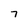
Character: 7